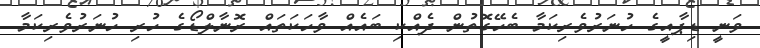
ވަނީ ޑިޕާއީގެ ހުނަރުވެރިކަމާ ބެހޭގޮތުން ދެއްކި ބައެއް ވާހަކަތައް ރޮނާލްޑޯގެ ހުރި ހުނަރުވެރިކަމާ